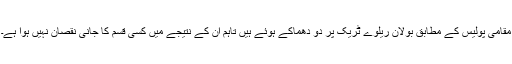
مقامی پولیس کے مطابق بولان ریلوے ٹریک پر دو دھماکے ہوئے ہیں تاہم ان کے نتیجے میں کسی قسم کا جانی نقصان نہیں ہوا ہے۔